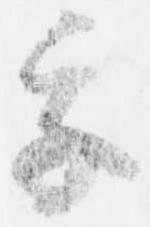
乎